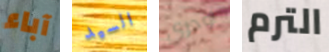
آباء السيد اودري الترم